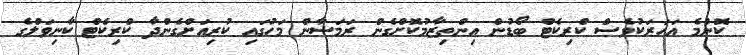
ކޮންމެ އަހަރަކުވެސް ކްރިކެޓް ބޯޑުން އިންތިޒާމުކޮށްގެން ރަމަޟާން މަހުގައި ކުރިއަށްގެންދާ ކްރިކެޓް ކާނިވަލްގެ